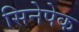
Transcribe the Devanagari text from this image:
सिनेपेक